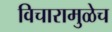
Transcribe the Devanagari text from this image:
विचारामुळेच